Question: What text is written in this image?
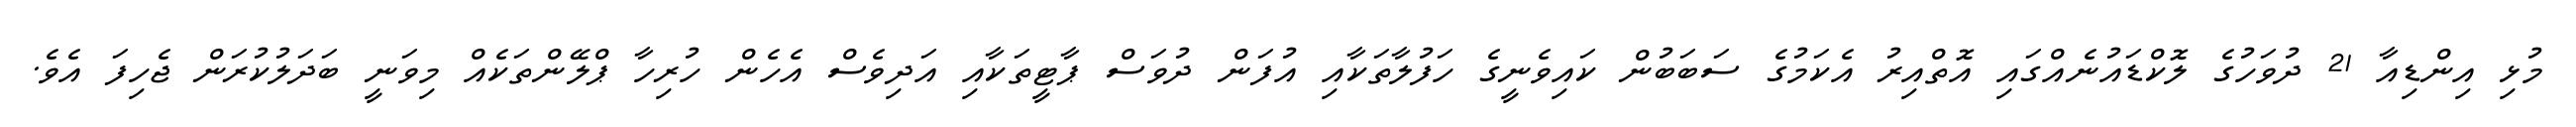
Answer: މުޅި އިންޑިއާ 21 ދުވަހުގެ ލޮކްޑައުނެއްގައި އޮތްއިރު އެކަމުގެ ސަބަބުން ކައިވެނީގެ ހަފުލާތަކާއި އުފަން ދުވަސް ޕާޓީތަކާއި އަދިވެސް އެހެން ހުރިހާ ޕްލޭންތަކެއް މިވަނީ ބަދަލުކުރަން ޖެހިފަ އެވެ.